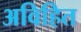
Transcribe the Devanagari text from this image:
अविहित